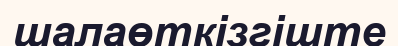
шалаөткізгіште